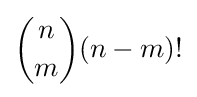
{\dbinom {n}{m}}(n-m)!